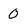
Character: 0